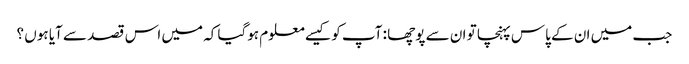
جب میں ان کے پاس پہنچا تو ان سے پوچھا : آپ کو کیسے معلوم ہوگیا کہ میں اس قصد سے آیا ہوں ؟